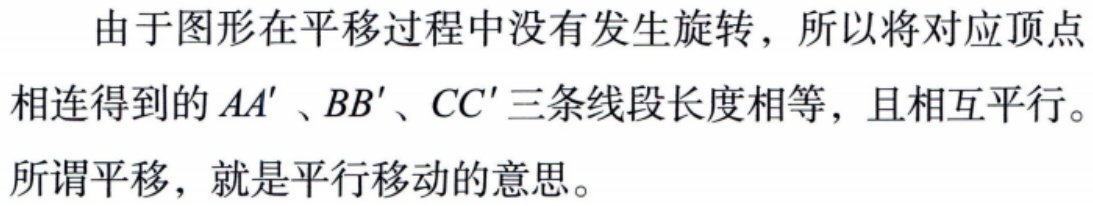
由于图形在平移过程中没有发生旋转，所以将对应顶点相连得到的 \(AA'\) 、\(BB'\)、\(CC'\) 三条线段长度相等，且相互平行。

所谓平移，就是平行移动的意思。